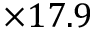
\times 1 7 . 9